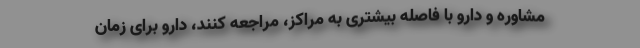
مشاوره و دارو با فاصله بیشتری به مراکز، مراجعه کنند، دارو برای زمان